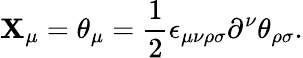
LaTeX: \mathbf{X}_{\mu}=\theta_{\mu}=\frac{{1}}{{2}}\epsilon_{\mu\nu\rho\sigma}\partial^{\nu}\theta_{\rho\sigma}.